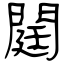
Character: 閮